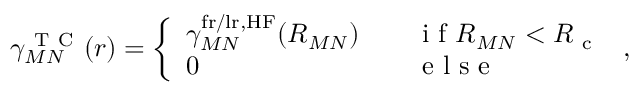
\gamma _ { M N } ^ { \mathrm { ~ T ~ C ~ } } ( r ) = \left\{ \begin{array} { l l } { \gamma _ { M N } ^ { \mathrm { f r / l r , H F } } ( R _ { M N } ) } & { \quad \mathrm { ~ i ~ f ~ } R _ { M N } < R _ { \mathrm { ~ c ~ } } } \\ { 0 } & { \quad \mathrm { ~ e ~ l ~ s ~ e ~ } } \end{array} \right. ,